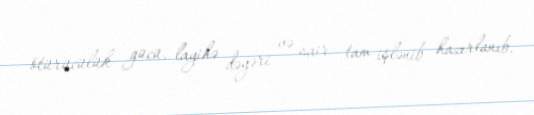
ötürücülük gücü, layihə dəyəri və sair tam işlənib hazırlanıb.